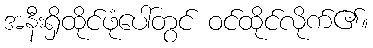
အနီးရှိထိုင်ဖုံပေါ်တွင် ဝင်ထိုင်လိုက်၏။